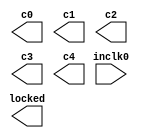
// This program was cloned from: https://github.com/drandyhaas/Haasoscope
// License: MIT License

// megafunction wizard: %ALTPLL%VBB%
// GENERATION: STANDARD
// VERSION: WM1.0
// MODULE: altpll 

// ============================================================
// Megafunction Name(s):
// 			altpll
//
// Simulation Library Files(s):
// 			altera_mf
// ============================================================
// ************************************************************
// THIS IS A WIZARD-GENERATED FILE. DO NOT EDIT THIS FILE!
//
// 15.0.0 Build 145 04/22/2015 SJ Web Edition
// ************************************************************

//Copyright (C) 1991-2015 Altera Corporation. All rights reserved.
//Your use of Altera Corporation's design tools, logic functions 
//and other software and tools, and its AMPP partner logic 
//functions, and any output files from any of the foregoing 
//(including device programming or simulation files), and any 
//associated documentation or information are expressly subject 
//to the terms and conditions of the Altera Program License 
//Subscription Agreement, the Altera Quartus II License Agreement,
//the Altera MegaCore Function License Agreement, or other 
//applicable license agreement, including, without limitation, 
//that your use is for the sole purpose of programming logic 
//devices manufactured by Altera and sold by Altera or its 
//authorized distributors.  Please refer to the applicable 
//agreement for further details.

module mypll2 (
	inclk0,
	c0,
	c1,
	c2,
	c3,
	c4,
	locked);

	input	  inclk0;
	output	  c0;
	output	  c1;
	output	  c2;
	output	  c3;
	output	  c4;
	output	  locked;

endmodule

// ============================================================
// CNX file retrieval info
// ============================================================
// Retrieval info: PRIVATE: ACTIVECLK_CHECK STRING "0"
// Retrieval info: PRIVATE: BANDWIDTH STRING "1.000"
// Retrieval info: PRIVATE: BANDWIDTH_FEATURE_ENABLED STRING "1"
// Retrieval info: PRIVATE: BANDWIDTH_FREQ_UNIT STRING "MHz"
// Retrieval info: PRIVATE: BANDWIDTH_PRESET STRING "Low"
// Retrieval info: PRIVATE: BANDWIDTH_USE_AUTO STRING "0"
// Retrieval info: PRIVATE: BANDWIDTH_USE_PRESET STRING "1"
// Retrieval info: PRIVATE: CLKBAD_SWITCHOVER_CHECK STRING "0"
// Retrieval info: PRIVATE: CLKLOSS_CHECK STRING "0"
// Retrieval info: PRIVATE: CLKSWITCH_CHECK STRING "0"
// Retrieval info: PRIVATE: CNX_NO_COMPENSATE_RADIO STRING "0"
// Retrieval info: PRIVATE: CREATE_CLKBAD_CHECK STRING "0"
// Retrieval info: PRIVATE: CREATE_INCLK1_CHECK STRING "0"
// Retrieval info: PRIVATE: CUR_DEDICATED_CLK STRING "c0"
// Retrieval info: PRIVATE: CUR_FBIN_CLK STRING "c0"
// Retrieval info: PRIVATE: DEVICE_SPEED_GRADE STRING "8"
// Retrieval info: PRIVATE: DIV_FACTOR0 NUMERIC "1"
// Retrieval info: PRIVATE: DIV_FACTOR1 NUMERIC "1"
// Retrieval info: PRIVATE: DIV_FACTOR2 NUMERIC "1"
// Retrieval info: PRIVATE: DIV_FACTOR3 NUMERIC "1"
// Retrieval info: PRIVATE: DIV_FACTOR4 NUMERIC "1"
// Retrieval info: PRIVATE: DUTY_CYCLE0 STRING "50.00000000"
// Retrieval info: PRIVATE: DUTY_CYCLE1 STRING "50.00000000"
// Retrieval info: PRIVATE: DUTY_CYCLE2 STRING "50.00000000"
// Retrieval info: PRIVATE: DUTY_CYCLE3 STRING "50.00000000"
// Retrieval info: PRIVATE: DUTY_CYCLE4 STRING "50.00000000"
// Retrieval info: PRIVATE: EFF_OUTPUT_FREQ_VALUE0 STRING "10.000000"
// Retrieval info: PRIVATE: EFF_OUTPUT_FREQ_VALUE1 STRING "125.000000"
// Retrieval info: PRIVATE: EFF_OUTPUT_FREQ_VALUE2 STRING "50.000000"
// Retrieval info: PRIVATE: EFF_OUTPUT_FREQ_VALUE3 STRING "250.000000"
// Retrieval info: PRIVATE: EFF_OUTPUT_FREQ_VALUE4 STRING "125.000000"
// Retrieval info: PRIVATE: EXPLICIT_SWITCHOVER_COUNTER STRING "0"
// Retrieval info: PRIVATE: EXT_FEEDBACK_RADIO STRING "0"
// Retrieval info: PRIVATE: GLOCKED_COUNTER_EDIT_CHANGED STRING "1"
// Retrieval info: PRIVATE: GLOCKED_FEATURE_ENABLED STRING "0"
// Retrieval info: PRIVATE: GLOCKED_MODE_CHECK STRING "0"
// Retrieval info: PRIVATE: GLOCK_COUNTER_EDIT NUMERIC "1048575"
// Retrieval info: PRIVATE: HAS_MANUAL_SWITCHOVER STRING "1"
// Retrieval info: PRIVATE: INCLK0_FREQ_EDIT STRING "50.000"
// Retrieval info: PRIVATE: INCLK0_FREQ_UNIT_COMBO STRING "MHz"
// Retrieval info: PRIVATE: INCLK1_FREQ_EDIT STRING "100.000"
// Retrieval info: PRIVATE: INCLK1_FREQ_EDIT_CHANGED STRING "1"
// Retrieval info: PRIVATE: INCLK1_FREQ_UNIT_CHANGED STRING "1"
// Retrieval info: PRIVATE: INCLK1_FREQ_UNIT_COMBO STRING "MHz"
// Retrieval info: PRIVATE: INTENDED_DEVICE_FAMILY STRING "MAX 10"
// Retrieval info: PRIVATE: INT_FEEDBACK__MODE_RADIO STRING "1"
// Retrieval info: PRIVATE: LOCKED_OUTPUT_CHECK STRING "1"
// Retrieval info: PRIVATE: LONG_SCAN_RADIO STRING "1"
// Retrieval info: PRIVATE: LVDS_MODE_DATA_RATE STRING "Not Available"
// Retrieval info: PRIVATE: LVDS_MODE_DATA_RATE_DIRTY NUMERIC "0"
// Retrieval info: PRIVATE: LVDS_PHASE_SHIFT_UNIT0 STRING "deg"
// Retrieval info: PRIVATE: LVDS_PHASE_SHIFT_UNIT1 STRING "deg"
// Retrieval info: PRIVATE: LVDS_PHASE_SHIFT_UNIT2 STRING "ps"
// Retrieval info: PRIVATE: LVDS_PHASE_SHIFT_UNIT3 STRING "ps"
// Retrieval info: PRIVATE: LVDS_PHASE_SHIFT_UNIT4 STRING "ps"
// Retrieval info: PRIVATE: MIG_DEVICE_SPEED_GRADE STRING "Any"
// Retrieval info: PRIVATE: MIRROR_CLK0 STRING "0"
// Retrieval info: PRIVATE: MIRROR_CLK1 STRING "0"
// Retrieval info: PRIVATE: MIRROR_CLK2 STRING "0"
// Retrieval info: PRIVATE: MIRROR_CLK3 STRING "0"
// Retrieval info: PRIVATE: MIRROR_CLK4 STRING "0"
// Retrieval info: PRIVATE: MULT_FACTOR0 NUMERIC "1"
// Retrieval info: PRIVATE: MULT_FACTOR1 NUMERIC "1"
// Retrieval info: PRIVATE: MULT_FACTOR2 NUMERIC "1"
// Retrieval info: PRIVATE: MULT_FACTOR3 NUMERIC "1"
// Retrieval info: PRIVATE: MULT_FACTOR4 NUMERIC "1"
// Retrieval info: PRIVATE: NORMAL_MODE_RADIO STRING "1"
// Retrieval info: PRIVATE: OUTPUT_FREQ0 STRING "10.00000000"
// Retrieval info: PRIVATE: OUTPUT_FREQ1 STRING "125.00000000"
// Retrieval info: PRIVATE: OUTPUT_FREQ2 STRING "50.00000000"
// Retrieval info: PRIVATE: OUTPUT_FREQ3 STRING "250.00000000"
// Retrieval info: PRIVATE: OUTPUT_FREQ4 STRING "125.00000000"
// Retrieval info: PRIVATE: OUTPUT_FREQ_MODE0 STRING "1"
// Retrieval info: PRIVATE: OUTPUT_FREQ_MODE1 STRING "1"
// Retrieval info: PRIVATE: OUTPUT_FREQ_MODE2 STRING "1"
// Retrieval info: PRIVATE: OUTPUT_FREQ_MODE3 STRING "1"
// Retrieval info: PRIVATE: OUTPUT_FREQ_MODE4 STRING "1"
// Retrieval info: PRIVATE: OUTPUT_FREQ_UNIT0 STRING "MHz"
// Retrieval info: PRIVATE: OUTPUT_FREQ_UNIT1 STRING "MHz"
// Retrieval info: PRIVATE: OUTPUT_FREQ_UNIT2 STRING "MHz"
// Retrieval info: PRIVATE: OUTPUT_FREQ_UNIT3 STRING "MHz"
// Retrieval info: PRIVATE: OUTPUT_FREQ_UNIT4 STRING "MHz"
// Retrieval info: PRIVATE: PHASE_RECONFIG_FEATURE_ENABLED STRING "1"
// Retrieval info: PRIVATE: PHASE_RECONFIG_INPUTS_CHECK STRING "0"
// Retrieval info: PRIVATE: PHASE_SHIFT0 STRING "0.00000000"
// Retrieval info: PRIVATE: PHASE_SHIFT1 STRING "0.00000000"
// Retrieval info: PRIVATE: PHASE_SHIFT2 STRING "0.00000000"
// Retrieval info: PRIVATE: PHASE_SHIFT3 STRING "0.00000000"
// Retrieval info: PRIVATE: PHASE_SHIFT4 STRING "180.00000000"
// Retrieval info: PRIVATE: PHASE_SHIFT_STEP_ENABLED_CHECK STRING "0"
// Retrieval info: PRIVATE: PHASE_SHIFT_UNIT0 STRING "deg"
// Retrieval info: PRIVATE: PHASE_SHIFT_UNIT1 STRING "deg"
// Retrieval info: PRIVATE: PHASE_SHIFT_UNIT2 STRING "ps"
// Retrieval info: PRIVATE: PHASE_SHIFT_UNIT3 STRING "deg"
// Retrieval info: PRIVATE: PHASE_SHIFT_UNIT4 STRING "deg"
// Retrieval info: PRIVATE: PLL_ADVANCED_PARAM_CHECK STRING "0"
// Retrieval info: PRIVATE: PLL_ARESET_CHECK STRING "0"
// Retrieval info: PRIVATE: PLL_AUTOPLL_CHECK NUMERIC "1"
// Retrieval info: PRIVATE: PLL_ENHPLL_CHECK NUMERIC "0"
// Retrieval info: PRIVATE: PLL_FASTPLL_CHECK NUMERIC "0"
// Retrieval info: PRIVATE: PLL_FBMIMIC_CHECK STRING "0"
// Retrieval info: PRIVATE: PLL_LVDS_PLL_CHECK NUMERIC "0"
// Retrieval info: PRIVATE: PLL_PFDENA_CHECK STRING "0"
// Retrieval info: PRIVATE: PLL_TARGET_HARCOPY_CHECK NUMERIC "0"
// Retrieval info: PRIVATE: PRIMARY_CLK_COMBO STRING "inclk0"
// Retrieval info: PRIVATE: RECONFIG_FILE STRING "mypll2.mif"
// Retrieval info: PRIVATE: SACN_INPUTS_CHECK STRING "0"
// Retrieval info: PRIVATE: SCAN_FEATURE_ENABLED STRING "1"
// Retrieval info: PRIVATE: SELF_RESET_LOCK_LOSS STRING "1"
// Retrieval info: PRIVATE: SHORT_SCAN_RADIO STRING "0"
// Retrieval info: PRIVATE: SPREAD_FEATURE_ENABLED STRING "0"
// Retrieval info: PRIVATE: SPREAD_FREQ STRING "50.000"
// Retrieval info: PRIVATE: SPREAD_FREQ_UNIT STRING "KHz"
// Retrieval info: PRIVATE: SPREAD_PERCENT STRING "0.500"
// Retrieval info: PRIVATE: SPREAD_USE STRING "0"
// Retrieval info: PRIVATE: SRC_SYNCH_COMP_RADIO STRING "0"
// Retrieval info: PRIVATE: STICKY_CLK0 STRING "1"
// Retrieval info: PRIVATE: STICKY_CLK1 STRING "1"
// Retrieval info: PRIVATE: STICKY_CLK2 STRING "1"
// Retrieval info: PRIVATE: STICKY_CLK3 STRING "1"
// Retrieval info: PRIVATE: STICKY_CLK4 STRING "1"
// Retrieval info: PRIVATE: SWITCHOVER_COUNT_EDIT NUMERIC "1"
// Retrieval info: PRIVATE: SWITCHOVER_FEATURE_ENABLED STRING "1"
// Retrieval info: PRIVATE: SYNTH_WRAPPER_GEN_POSTFIX STRING "0"
// Retrieval info: PRIVATE: USE_CLK0 STRING "1"
// Retrieval info: PRIVATE: USE_CLK1 STRING "1"
// Retrieval info: PRIVATE: USE_CLK2 STRING "1"
// Retrieval info: PRIVATE: USE_CLK3 STRING "1"
// Retrieval info: PRIVATE: USE_CLK4 STRING "1"
// Retrieval info: PRIVATE: USE_CLKENA0 STRING "0"
// Retrieval info: PRIVATE: USE_CLKENA1 STRING "0"
// Retrieval info: PRIVATE: USE_CLKENA2 STRING "0"
// Retrieval info: PRIVATE: USE_CLKENA3 STRING "0"
// Retrieval info: PRIVATE: USE_CLKENA4 STRING "0"
// Retrieval info: PRIVATE: USE_MIL_SPEED_GRADE NUMERIC "0"
// Retrieval info: PRIVATE: ZERO_DELAY_RADIO STRING "0"
// Retrieval info: LIBRARY: altera_mf altera_mf.altera_mf_components.all
// Retrieval info: CONSTANT: BANDWIDTH_TYPE STRING "LOW"
// Retrieval info: CONSTANT: CLK0_DIVIDE_BY NUMERIC "5"
// Retrieval info: CONSTANT: CLK0_DUTY_CYCLE NUMERIC "50"
// Retrieval info: CONSTANT: CLK0_MULTIPLY_BY NUMERIC "1"
// Retrieval info: CONSTANT: CLK0_PHASE_SHIFT STRING "0"
// Retrieval info: CONSTANT: CLK1_DIVIDE_BY NUMERIC "2"
// Retrieval info: CONSTANT: CLK1_DUTY_CYCLE NUMERIC "50"
// Retrieval info: CONSTANT: CLK1_MULTIPLY_BY NUMERIC "5"
// Retrieval info: CONSTANT: CLK1_PHASE_SHIFT STRING "0"
// Retrieval info: CONSTANT: CLK2_DIVIDE_BY NUMERIC "1"
// Retrieval info: CONSTANT: CLK2_DUTY_CYCLE NUMERIC "50"
// Retrieval info: CONSTANT: CLK2_MULTIPLY_BY NUMERIC "1"
// Retrieval info: CONSTANT: CLK2_PHASE_SHIFT STRING "0"
// Retrieval info: CONSTANT: CLK3_DIVIDE_BY NUMERIC "1"
// Retrieval info: CONSTANT: CLK3_DUTY_CYCLE NUMERIC "50"
// Retrieval info: CONSTANT: CLK3_MULTIPLY_BY NUMERIC "5"
// Retrieval info: CONSTANT: CLK3_PHASE_SHIFT STRING "0"
// Retrieval info: CONSTANT: CLK4_DIVIDE_BY NUMERIC "2"
// Retrieval info: CONSTANT: CLK4_DUTY_CYCLE NUMERIC "50"
// Retrieval info: CONSTANT: CLK4_MULTIPLY_BY NUMERIC "5"
// Retrieval info: CONSTANT: CLK4_PHASE_SHIFT STRING "4000"
// Retrieval info: CONSTANT: COMPENSATE_CLOCK STRING "CLK0"
// Retrieval info: CONSTANT: INCLK0_INPUT_FREQUENCY NUMERIC "20000"
// Retrieval info: CONSTANT: INTENDED_DEVICE_FAMILY STRING "MAX 10"
// Retrieval info: CONSTANT: LPM_TYPE STRING "altpll"
// Retrieval info: CONSTANT: OPERATION_MODE STRING "NORMAL"
// Retrieval info: CONSTANT: PLL_TYPE STRING "AUTO"
// Retrieval info: CONSTANT: PORT_ACTIVECLOCK STRING "PORT_UNUSED"
// Retrieval info: CONSTANT: PORT_ARESET STRING "PORT_UNUSED"
// Retrieval info: CONSTANT: PORT_CLKBAD0 STRING "PORT_UNUSED"
// Retrieval info: CONSTANT: PORT_CLKBAD1 STRING "PORT_UNUSED"
// Retrieval info: CONSTANT: PORT_CLKLOSS STRING "PORT_UNUSED"
// Retrieval info: CONSTANT: PORT_CLKSWITCH STRING "PORT_UNUSED"
// Retrieval info: CONSTANT: PORT_CONFIGUPDATE STRING "PORT_UNUSED"
// Retrieval info: CONSTANT: PORT_FBIN STRING "PORT_UNUSED"
// Retrieval info: CONSTANT: PORT_INCLK0 STRING "PORT_USED"
// Retrieval info: CONSTANT: PORT_INCLK1 STRING "PORT_UNUSED"
// Retrieval info: CONSTANT: PORT_LOCKED STRING "PORT_USED"
// Retrieval info: CONSTANT: PORT_PFDENA STRING "PORT_UNUSED"
// Retrieval info: CONSTANT: PORT_PHASECOUNTERSELECT STRING "PORT_UNUSED"
// Retrieval info: CONSTANT: PORT_PHASEDONE STRING "PORT_UNUSED"
// Retrieval info: CONSTANT: PORT_PHASESTEP STRING "PORT_UNUSED"
// Retrieval info: CONSTANT: PORT_PHASEUPDOWN STRING "PORT_UNUSED"
// Retrieval info: CONSTANT: PORT_PLLENA STRING "PORT_UNUSED"
// Retrieval info: CONSTANT: PORT_SCANACLR STRING "PORT_UNUSED"
// Retrieval info: CONSTANT: PORT_SCANCLK STRING "PORT_UNUSED"
// Retrieval info: CONSTANT: PORT_SCANCLKENA STRING "PORT_UNUSED"
// Retrieval info: CONSTANT: PORT_SCANDATA STRING "PORT_UNUSED"
// Retrieval info: CONSTANT: PORT_SCANDATAOUT STRING "PORT_UNUSED"
// Retrieval info: CONSTANT: PORT_SCANDONE STRING "PORT_UNUSED"
// Retrieval info: CONSTANT: PORT_SCANREAD STRING "PORT_UNUSED"
// Retrieval info: CONSTANT: PORT_SCANWRITE STRING "PORT_UNUSED"
// Retrieval info: CONSTANT: PORT_clk0 STRING "PORT_USED"
// Retrieval info: CONSTANT: PORT_clk1 STRING "PORT_USED"
// Retrieval info: CONSTANT: PORT_clk2 STRING "PORT_USED"
// Retrieval info: CONSTANT: PORT_clk3 STRING "PORT_USED"
// Retrieval info: CONSTANT: PORT_clk4 STRING "PORT_USED"
// Retrieval info: CONSTANT: PORT_clk5 STRING "PORT_UNUSED"
// Retrieval info: CONSTANT: PORT_clkena0 STRING "PORT_UNUSED"
// Retrieval info: CONSTANT: PORT_clkena1 STRING "PORT_UNUSED"
// Retrieval info: CONSTANT: PORT_clkena2 STRING "PORT_UNUSED"
// Retrieval info: CONSTANT: PORT_clkena3 STRING "PORT_UNUSED"
// Retrieval info: CONSTANT: PORT_clkena4 STRING "PORT_UNUSED"
// Retrieval info: CONSTANT: PORT_clkena5 STRING "PORT_UNUSED"
// Retrieval info: CONSTANT: PORT_extclk0 STRING "PORT_UNUSED"
// Retrieval info: CONSTANT: PORT_extclk1 STRING "PORT_UNUSED"
// Retrieval info: CONSTANT: PORT_extclk2 STRING "PORT_UNUSED"
// Retrieval info: CONSTANT: PORT_extclk3 STRING "PORT_UNUSED"
// Retrieval info: CONSTANT: SELF_RESET_ON_LOSS_LOCK STRING "ON"
// Retrieval info: CONSTANT: WIDTH_CLOCK NUMERIC "5"
// Retrieval info: USED_PORT: @clk 0 0 5 0 OUTPUT_CLK_EXT VCC "@clk[4..0]"
// Retrieval info: USED_PORT: c0 0 0 0 0 OUTPUT_CLK_EXT VCC "c0"
// Retrieval info: USED_PORT: c1 0 0 0 0 OUTPUT_CLK_EXT VCC "c1"
// Retrieval info: USED_PORT: c2 0 0 0 0 OUTPUT_CLK_EXT VCC "c2"
// Retrieval info: USED_PORT: c3 0 0 0 0 OUTPUT_CLK_EXT VCC "c3"
// Retrieval info: USED_PORT: c4 0 0 0 0 OUTPUT_CLK_EXT VCC "c4"
// Retrieval info: USED_PORT: inclk0 0 0 0 0 INPUT_CLK_EXT GND "inclk0"
// Retrieval info: USED_PORT: locked 0 0 0 0 OUTPUT GND "locked"
// Retrieval info: CONNECT: @inclk 0 0 1 1 GND 0 0 0 0
// Retrieval info: CONNECT: @inclk 0 0 1 0 inclk0 0 0 0 0
// Retrieval info: CONNECT: c0 0 0 0 0 @clk 0 0 1 0
// Retrieval info: CONNECT: c1 0 0 0 0 @clk 0 0 1 1
// Retrieval info: CONNECT: c2 0 0 0 0 @clk 0 0 1 2
// Retrieval info: CONNECT: c3 0 0 0 0 @clk 0 0 1 3
// Retrieval info: CONNECT: c4 0 0 0 0 @clk 0 0 1 4
// Retrieval info: CONNECT: locked 0 0 0 0 @locked 0 0 0 0
// Retrieval info: GEN_FILE: TYPE_NORMAL mypll2.v TRUE
// Retrieval info: GEN_FILE: TYPE_NORMAL mypll2.ppf TRUE
// Retrieval info: GEN_FILE: TYPE_NORMAL mypll2.inc FALSE
// Retrieval info: GEN_FILE: TYPE_NORMAL mypll2.cmp FALSE
// Retrieval info: GEN_FILE: TYPE_NORMAL mypll2.bsf TRUE
// Retrieval info: GEN_FILE: TYPE_NORMAL mypll2_inst.v TRUE
// Retrieval info: GEN_FILE: TYPE_NORMAL mypll2_bb.v TRUE
// Retrieval info: LIB_FILE: altera_mf
// Retrieval info: CBX_MODULE_PREFIX: ON